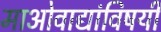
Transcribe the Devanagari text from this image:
माओवाद्यांविषयी